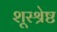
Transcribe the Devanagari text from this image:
शूरश्रेष्ठ